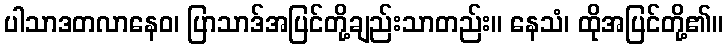
ပါသာဒတလာနေဝ၊ ပြာသာဒ်အပြင်တို့ချည်းသာတည်း။ နေသံ၊ ထိုအပြင်တို့၏။